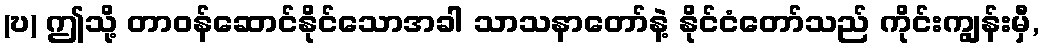
(ဎ) ဤသို့ တာဝန်ဆောင်နိုင်သောအခါ သာသနာတော်နဲ့ နိုင်ငံတော်သည် ကိုင်းကျွန်းမှီ,